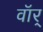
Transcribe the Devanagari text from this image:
वॉर्